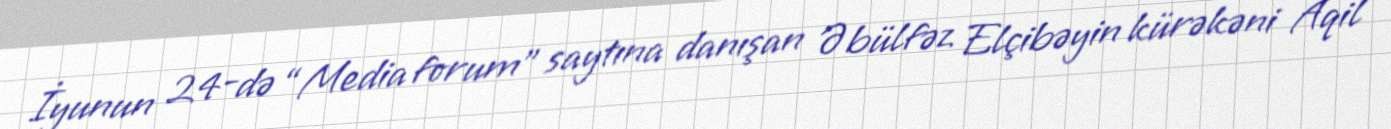
İyunun 24-də “Media forum” saytına danışan Əbülfəz Elçibəyin kürəkəni Aqil